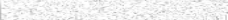
٧